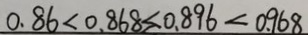
0 . 8 6 < 0 . 8 6 8 < 0 . 8 9 6 < 0 . 9 6 8